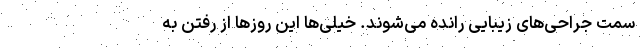
سمت جراحی‌های زیبایی رانده می‌شوند. خیلی‌ها این روزها از رفتن به